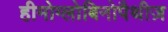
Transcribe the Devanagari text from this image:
हीमोग्लोबिनोपैथीज़